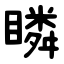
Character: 瞵